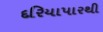
દરિયાપારથી